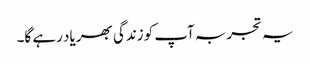
یہ تجربہ آپ کو زندگی بھر یاد رہے گا۔